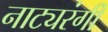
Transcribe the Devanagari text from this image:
नाट्यरंगी